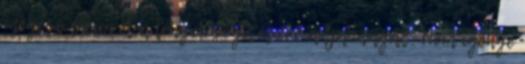
megeső szívvel a lények segítésére adja magát. Nem igénye